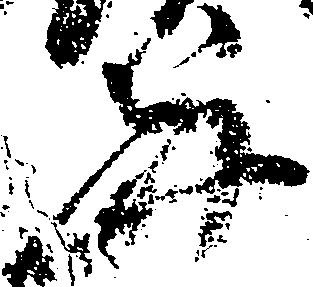
并